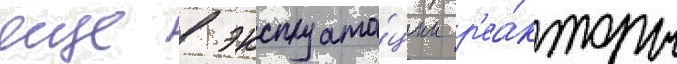
еще в эксплуата́ции р'еа́кторы